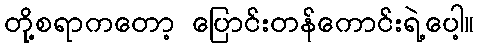
တို့စရာကတော့ ပြောင်းတန်ကောင်းရဲ့ပေါ့။